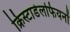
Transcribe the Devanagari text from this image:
क्रिस्टाडेलफियनों